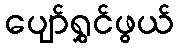
ပျော်ရွှင်ဖွယ်